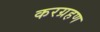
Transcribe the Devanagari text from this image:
करग्रहण